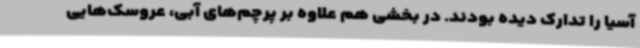
آسیا را تدارک دیده بودند. در بخشی هم علاوه بر پرچم‌های آبی، عروسک‌هایی